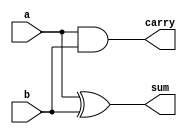
/*
ESTE EXEMPLO DESCREVE UM MEIO-SOMADOR
*/

// MODULO + NOME + PORTLIST
module halfadd (a, b, sum, carry);

// DECLARAO DAS PORTAS - INPUT E OUTPUT
input  wire a, b; 
output wire sum, carry;

// COMPORTAMENTO DO MEIO-SOMADOR
// OBSERVAR O OPERADOR ASSIGN -> UTILIZADO PARA LGICA COMBINACIONAL
assign sum = a ^ b;   // OPERADOR LGICO OU
assign carry = a & b; // OPERADOR LGICO AND

endmodule